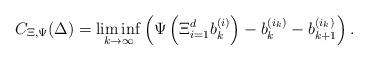
LaTeX: \begin{align*}C_{\Xi,\Psi}(\Delta) = \liminf_{k\to\infty} \left(\Psi\left( \Xi_{i = 1}^d b_k^{(i)}\right) - b_k^{(i_k)} - b_{k + 1}^{(i_k)}\right).\end{align*}